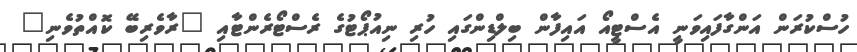
ހުސްކުރަން އަންގާފައިވަނީ އެސްޓީއޯ އައިފާން ބިލްޑިންގައި ހުރި ނިއުޕޯޓުގެ ރެސްޓޯރެންޓާއި "ރާވެރިބޭ ކޮއްތުވެނި"